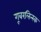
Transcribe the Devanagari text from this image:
गूबरलिन्स्क